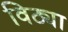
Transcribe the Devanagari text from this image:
विठ्या